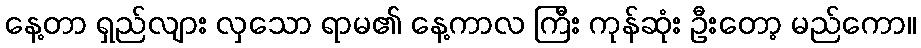
နေ့တာ ရှည်လျား လှသော ရာမ၏ နေ့ကာလ ကြီး ကုန်ဆုံး ဦးတော့ မည်ကော။